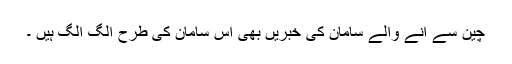
چین سے آنے والے سامان کی خبریں بھی اس سامان کی طرح الگ الگ ہیں ۔